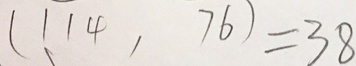
( 1 1 4 , 7 6 ) = 3 8